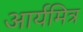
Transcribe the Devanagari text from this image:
आर्यमित्र